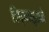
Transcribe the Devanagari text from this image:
विघ्नासूराने